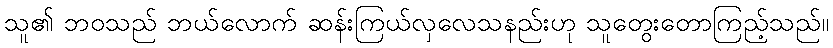
သူ၏ ဘဝသည် ဘယ်လောက် ဆန်းကြယ်လှလေသနည်းဟု သူတွေးတောကြည့်သည်။